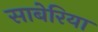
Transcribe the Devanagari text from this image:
साबेरिया